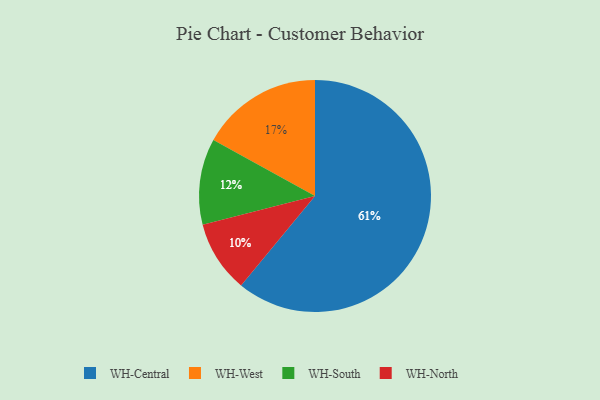
{"axis": {"x": "Category", "y": "Percentage"}, "legend": ["WH-Central", "WH-North", "WH-South", "WH-West"], "data": [{"x": "WH-Central", "y": 61, "type": "WH-Central"}, {"x": "WH-West", "y": 17, "type": "WH-West"}, {"x": "WH-North", "y": 10, "type": "WH-North"}, {"x": "WH-South", "y": 12, "type": "WH-South"}]}